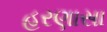
હરણાસા